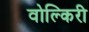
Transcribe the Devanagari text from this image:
वोल्किरी